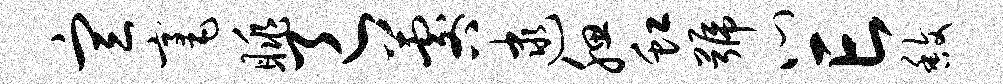
宣毫眺邑晷逮腮虹号心亡馥